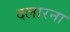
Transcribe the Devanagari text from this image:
दलारना